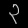
Digit: ၃